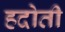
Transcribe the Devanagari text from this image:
हदोती